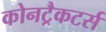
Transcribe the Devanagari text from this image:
कोनट्रैकटर्स